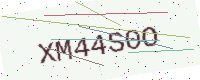
Text: XM44S0O